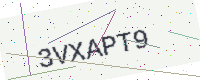
Text: 3VXAPT9